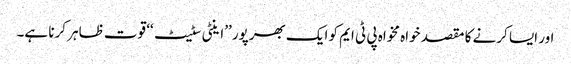
اور ایسا کرنے کا مقصد خواہ مخواہ پی ٹی ایم کو ایک بھرپور ’’اینٹی سٹیٹ‘‘ قوت ظاہر کرنا ہے۔